Report on vaccination in Madras 1922-1929 - 1922-1929
Year: 1922
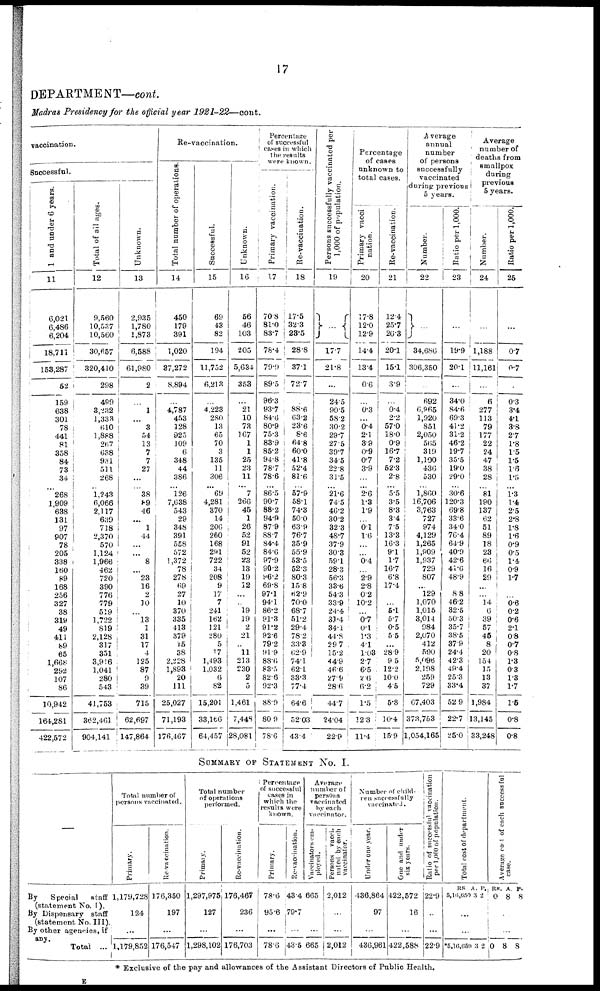
17
DEPARTMENT—cont.
Madras Presidency for the official year 1921-22—cont.
vaccination.
Successful.
1 and under 6 years.
11
6,021
6,486
6,204
18,711
153,287
52
159
638
301
78
441
81
358
84
73
34
... 268
1,909
638
131
97
907
78
205
338
160
89
168
256
327
38
319
49
411
89
65
1,668
292
107
86
10,942
164,281
422,572
Total of all ages.
12
9,560
10,537
10,560
30,657
320,410
298
499
3,232
1,333
610
1,888
267
638
931
511
268
...
1,243
6,066
2,117
639
718
2,370
570
1,124
1,966
462
720
390
776
779
519
1,722
819
2,128
317
351
3,916
1,041
280
543
41,753
362,461
904,141
Unknown.
13
2,935
1,780
1,873
6,588
61,980
2
...
1
...
3
54
13
7
7
27
...
...
38
89
46
...
1
44
...
...
8
...
23
16
2
10
...
13
1
31
17
4
125
87
9
39
715
62,697
147,864
Re-vaccination.
Total number of operations.
14
450
179
391
1,020
37,272
8,894
...
4,787
453
128
925
109
6
348
44
386
...
126
7,638
543
29
348
391
558
572
1,372
78
278
69
27
10
370
335
413
379
15
38
2,228
1,893
20
111
25,027
71,193
176,467
Successful.
15
69
43
82
194
11,732
6,213
...
4,223
280
13
65
70
3
135
11
306
...
69
4,281
370
14
206
260
168
291
722
34
208
9
17
7
241
162
121
280
5
17
1,493
1,032
6
82
15,201
33,l66
64,457
Unknown.
16
56
46
103
205
5,634
353
...
21
10
73
167
1
1
25
23
11
...
7
266
45
1
26
52
91
52
23
13
19
12
...
...
19
19
2
21
..
11
213
230
2
5
1,461
7,448
28,081
Percentage
of successful
cases in which
the results
were known.
Primary vaccination.
17
70.8
81.0
83.7
78.4
79.9
89.5
96.3
93.7
84.6
80.9
75.3
83.9
85.2
94.8
78.7
78.6
... 86.5
90.7
88.2
94.9
87.9
88.7
84.4
84.6
97.9
90.2
96·2
69.8
97.1
94.1
86·2
91.3
91.2
92.6
79.2
91.9
88.6
83.5
82.6
92.3
88.9
80.9
78.6
Re-vaccination.
18
17.5
32.3
28.5
28.8
37.1
72.7
...
88.6
63.2
23.6
8·6
64.8
60.0
41.8
52.4
81.6
... 57·9
58.1
74.3
50.0
63.9
76.7
35.9
55.9
53.5
52.3
80.3
15.8
62.9
70.0
68.7
51.2
29.4
78.2
33.3
62.9
74.1
62.1
33.3
77.4
64.6
52.03
43.4
Persons successfully vaccinated per
1,000 of population.
19
...
17.7
2l·8
...
24.5
90.5
58.2
30.2
29.7
27.5
39.7
34.5
22.8
31.5
... 21.6
74.5
46.2
30.2
32.3
48.7
37.9
30.3
59.1
28.3
56.3
33.6
54.3
33.9
24.4
31·4
34.1
44·8
29.7
15.2
44.9
46.6
27.9
28.0
44.7
24.04
22.9
Percentage
of cases
unknown to
total cases.
Primary vacci
nation.
20
17.8
12.0
12.9
14.4
13.4
0.6
...
0·3
...
0.4
2.1
3.9
0.9
0.7
3.9
...
...
2.6
1.3
1.9
...
0·l
1·6
...
...
0·4
...
2.9
2.8
0.2
10.2
...
0·7
0.1
1·3
4.1
1.03
2.7
6·5
2·6
6.2
1.5
12.3
11.4
Re-vaccination.
21
12.4
25.7
26·3
20.1
15.1
3.9
...
0.4
22
57.0
18.0
0.9
16.7
7.2
52.3
2.8
... 5.5
3.5
8.3
3.4
7.5
13.3
16.3
9.1
1.7
16.7
6.8
17.4
...
...
6·1
5.7
0.5
5.5
...
28.9
9.5
12.2
10.0
4.5
5.8
10.4
15.9
Average
annual
number
of persons
successfully
vaccinated
during previous
5 years.
Number.
22
...
34,686
306,350
...
692
6,965
1,920
851
2,050
565
319
1,100
436
530
... 1,860
16,706
3,763
727
974
4,129
1,265
1,909
1,937
729
807
...
129
1,070
1,015
3,014
984
2,070
412
590
5,096
2,198
259
729
67,403
373,753
1,054,165
Ratio per 1,000.
23
...
19.9
20.1
...
34.0
84.6
69.3
41.2
31·2
46.2
19.7
35.5
19.0
29.0
... 30.6
120.3
69.8
33.6
34.0
76.4
64.9
40.9
42.6
41·0
48.9
...
8.8
46.2
32.5
50.3
35.7
38.5
37.9
24.4
42.3
49.4
25.3
33·4
52.9
22.7
25.0
Average
number of
deaths from
smallpox
during
previous
5 years.
Number.
24
...
1,188
11,161
...
6
277
113
79
177
22
24
47
38
28
... 81
190
137
62
51
89
18
23
66
16
29
...
...
14
0
39
57
45
8
20
154
15
13
37
1,984
13,145
33,248
Ratio per 1,000.
25
...
0.7
0.7
...
0.3
3.4
4.1
3.8
2.7
1.8
1.5
1.5
1.6
1.5
... 1.3
l·4
2.5
2·8
1.8
1.6
0.9
0.5
1.4
0.9
1.7
...
...
0.6
0.2
0.6
2.1
0.8
0.7
0.8
1.3
0.3
1.3
1.7
1.5
0.8
0.8
SUMMART OF STATEMENT No. I.
—
Total number of
persons vaccinated.
Primary.
By
Special
staff
(statement No. I).
By Dispensary staff
(statement No. III).
By other agencies, if
any.
Total ...
1,179,728
124
...
1,179,852
Re-vaccination.
176,350
197
...
176,547
Total number
of operations
performed.
Primary.
Re-vaccination.
1,297,975
127
...
1,298,102
176,467
236
...
176,703
Percentage
of successful
cases in
which the
results were
known.
Primary.
Re-vaccination.
Average
number of
persons
vaccinated
by each
vaccinator.
Va c c ina tor
s e m-
ployed.
78.6
95.6
...
78.6
43.4
79.7
...
43.5
665
...
665
Per s ons vacci-
nated by each
vaccinator.
2,012
...
...
2,012
Number of child-
ren successfully
vaccinated.
Under one year.
436,864
97
...
436,961
One and under
six years.
422,572
16
...
422,588
Ratio of successful vaccination
per 1,000 of population.
22.9
...
...
22.9
Total cost of department.
RS
5,16·,650
A.
3
P.
2
...
...
*5,16,659 3 2
Average cost of each successful
case.
RS.
0
A.
8
P.
8
...
0
8 8
* Exclusive of the pay and allowances of the Assistant Directors of Public Health.
E